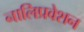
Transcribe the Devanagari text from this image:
नालिप्रवेशन